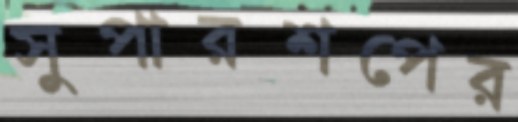
সুপারশপের